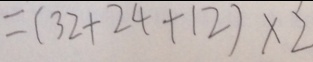
= ( 3 2 + 2 4 + 1 2 ) \times 2 ^ { \prime }